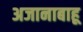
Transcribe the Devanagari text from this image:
अजानाबाहू